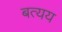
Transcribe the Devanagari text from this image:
बत्यय